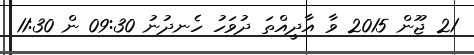
21 ޖޫން 2015 ވާ އާދީއްތަ ދުވަހު ހެނދުނު 09:30 ން 11:30